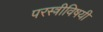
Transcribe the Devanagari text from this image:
परस्त्रीविषयी